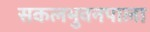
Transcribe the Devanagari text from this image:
सकलभुवनपाला